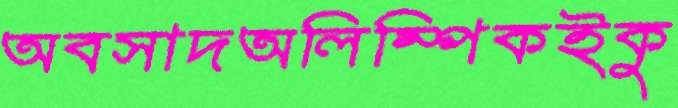
অবসাদঅলিম্পিকইকু